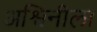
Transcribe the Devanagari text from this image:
अश्विनीला